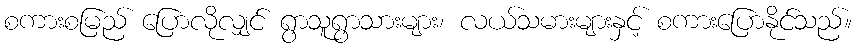
စကားစမြည် ပြောလိုလျှင် ရွာသူရွာသားများ၊ လယ်သမားများနှင့် စကားပြောနိုင်သည်။